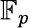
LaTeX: \mathbb{F}_{p}